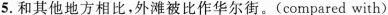
5.和其他地方相比，外滩被比作华尔街。(compared with)